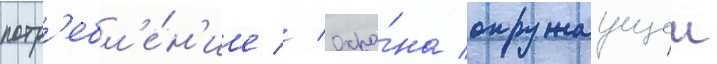
потр'ебл'е́н'ие // Охра́на окружаущеи